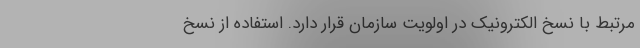
مرتبط با نسخ الکترونیک در اولویت سازمان قرار دارد. استفاده از نسخ